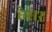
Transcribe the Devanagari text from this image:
हेसर